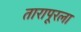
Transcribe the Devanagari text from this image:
तारापूरला